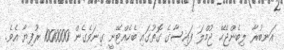
އަނބުރާ ލިބެންޖެހޭ ޖުމްލަ ފައިސާގެ ގޮތުގައި ބެހެއްޓޭނީ ގިނަވެގެން 1000000 ރުފިޔާ އެވެ.